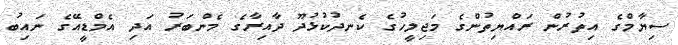
ސިޔާމްގެ އިތުރުން ރައްޔިތުންގެ މަޖިލީހުގެ ކެނދުކުޅުދޫ ދާއިރާގެ މެންބަރު އަދި އެމްޑީއޭގެ ނައިބު